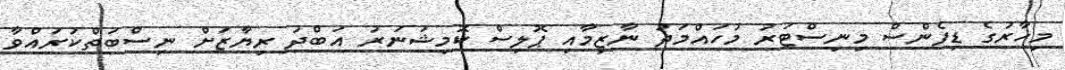
މިހާރުގެ ޑިފެންސް މިނިސްޓަރު މުހައްމަދު ނާޒިމާއި ޕޮލިސް ކޮމިޝަނަރު އަބްދު ރިޔާޒަށް ނިސްބަތްކުރައްވާ